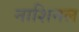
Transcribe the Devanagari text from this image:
नाशिनल